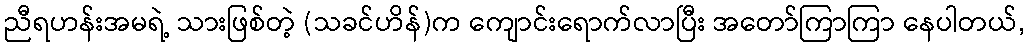
ညီရဟန်းအမရဲ့ သားဖြစ်တဲ့ (သခင်ဟိန်)က ကျောင်းရောက်လာပြီး အတော်ကြာကြာ နေပါတယ်,